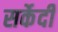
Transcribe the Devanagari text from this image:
सर्केदी